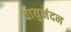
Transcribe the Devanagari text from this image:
वायुनंदन